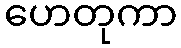
ဟေတုကာ